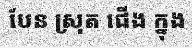
បែន ស្រុត ជើង ក្នុង